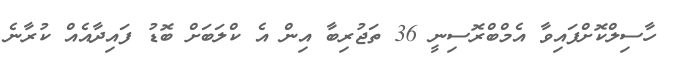
ހާސިލްކޮށްފައިވާ އެމްބްރޮސިނީ 36 ތަޖުރިބާ އިން އެ ކްލަބަށް ބޮޑު ފައިދާއެއް ކުރާނެ